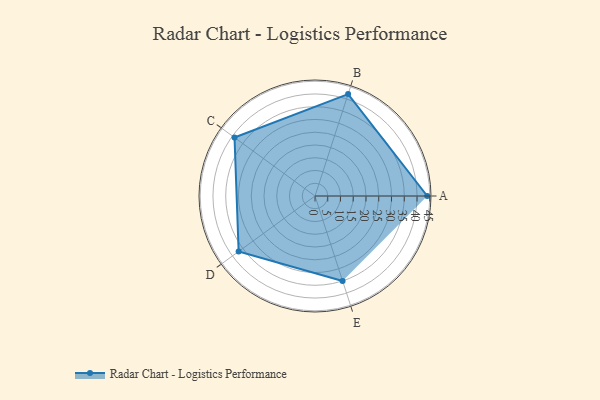
{"axis": {"x": "Skill", "y": "Score"}, "legend": ["Profile"], "data": [{"x": "A", "y": 44.0, "type": "Profile"}, {"x": "B", "y": 42.0, "type": "Profile"}, {"x": "C", "y": 39.0, "type": "Profile"}, {"x": "D", "y": 37.0, "type": "Profile"}, {"x": "E", "y": 35.0, "type": "Profile"}]}